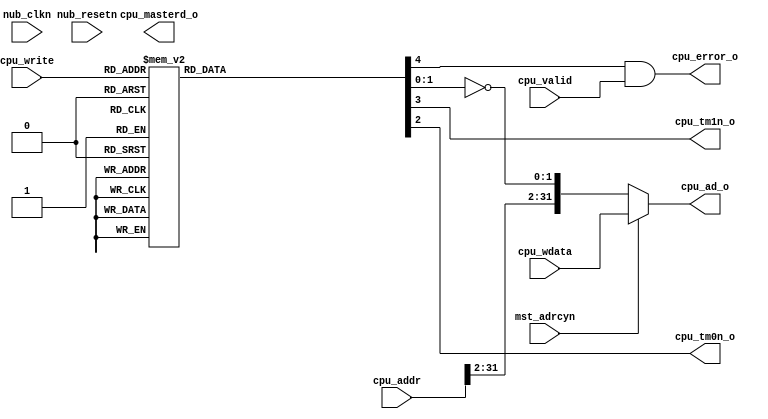

module nubus_cpubus
  (
   input         nub_clkn,
   input         nub_resetn,
   input         mst_adrcyn,
   input         cpu_valid,
   input [3:0]   cpu_write,
   input [31:0]  cpu_addr,
   input [31:0]  cpu_wdata,
   output [31:0] cpu_ad_o,
   output        cpu_tm1n_o,
   output        cpu_tm0n_o,
   output        cpu_error_o,
   output        cpu_masterd_o
   );

   // ==========================================================================
   // CPU Interface
   // ==========================================================================

   reg [4:0] tmadn;

   // Encode wrstb signals to the 'tmn' and 'ad' signals
   always @*
     begin : proc_cpu_encoder
        case (cpu_write)
          'b0000: tmadn = 'b01111; // rd word 
          'b0001: tmadn = 'b00011; // wr byte 0
          'b0010: tmadn = 'b00010; // wr byte 1
          'b0011: tmadn = 'b00110; // wr half 0
          'b0100: tmadn = 'b00001; // wr byte 2
          'b0101: tmadn = 'b10000; // error
          'b0110: tmadn = 'b10000; // error
          'b0111: tmadn = 'b10000; // error
          'b1000: tmadn = 'b00000; // wr byte 3
          'b1001: tmadn = 'b10000; // error
          'b1010: tmadn = 'b10000; // error
          'b1011: tmadn = 'b10000; // error
          'b1100: tmadn = 'b00100; // wr half 1
          'b1101: tmadn = 'b10000; // error
          'b1110: tmadn = 'b10000; // error
          'b1111: tmadn = 'b00111; // wr word
     endcase // case (cpu_write)
     end

   wire [31:0] cpu_tma;
   assign cpu_tma[31:2] = cpu_addr[31:2];
   assign cpu_tma[ 1:0] = ~tmadn[1:0];
   assign cpu_ad_o = ~mst_adrcyn ? cpu_tma : cpu_wdata;

   assign cpu_error_o = tmadn[4] & cpu_valid;
   assign cpu_tm1n_o = tmadn[3];
   assign cpu_tm0n_o = tmadn[2];


endmodule